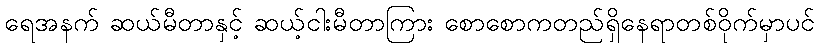
ရေအနက် ဆယ်မီတာနှင့် ဆယ့်ငါးမီတာကြား စောစောကတည်ရှိနေရာတစ်ဝိုက်မှာပင်